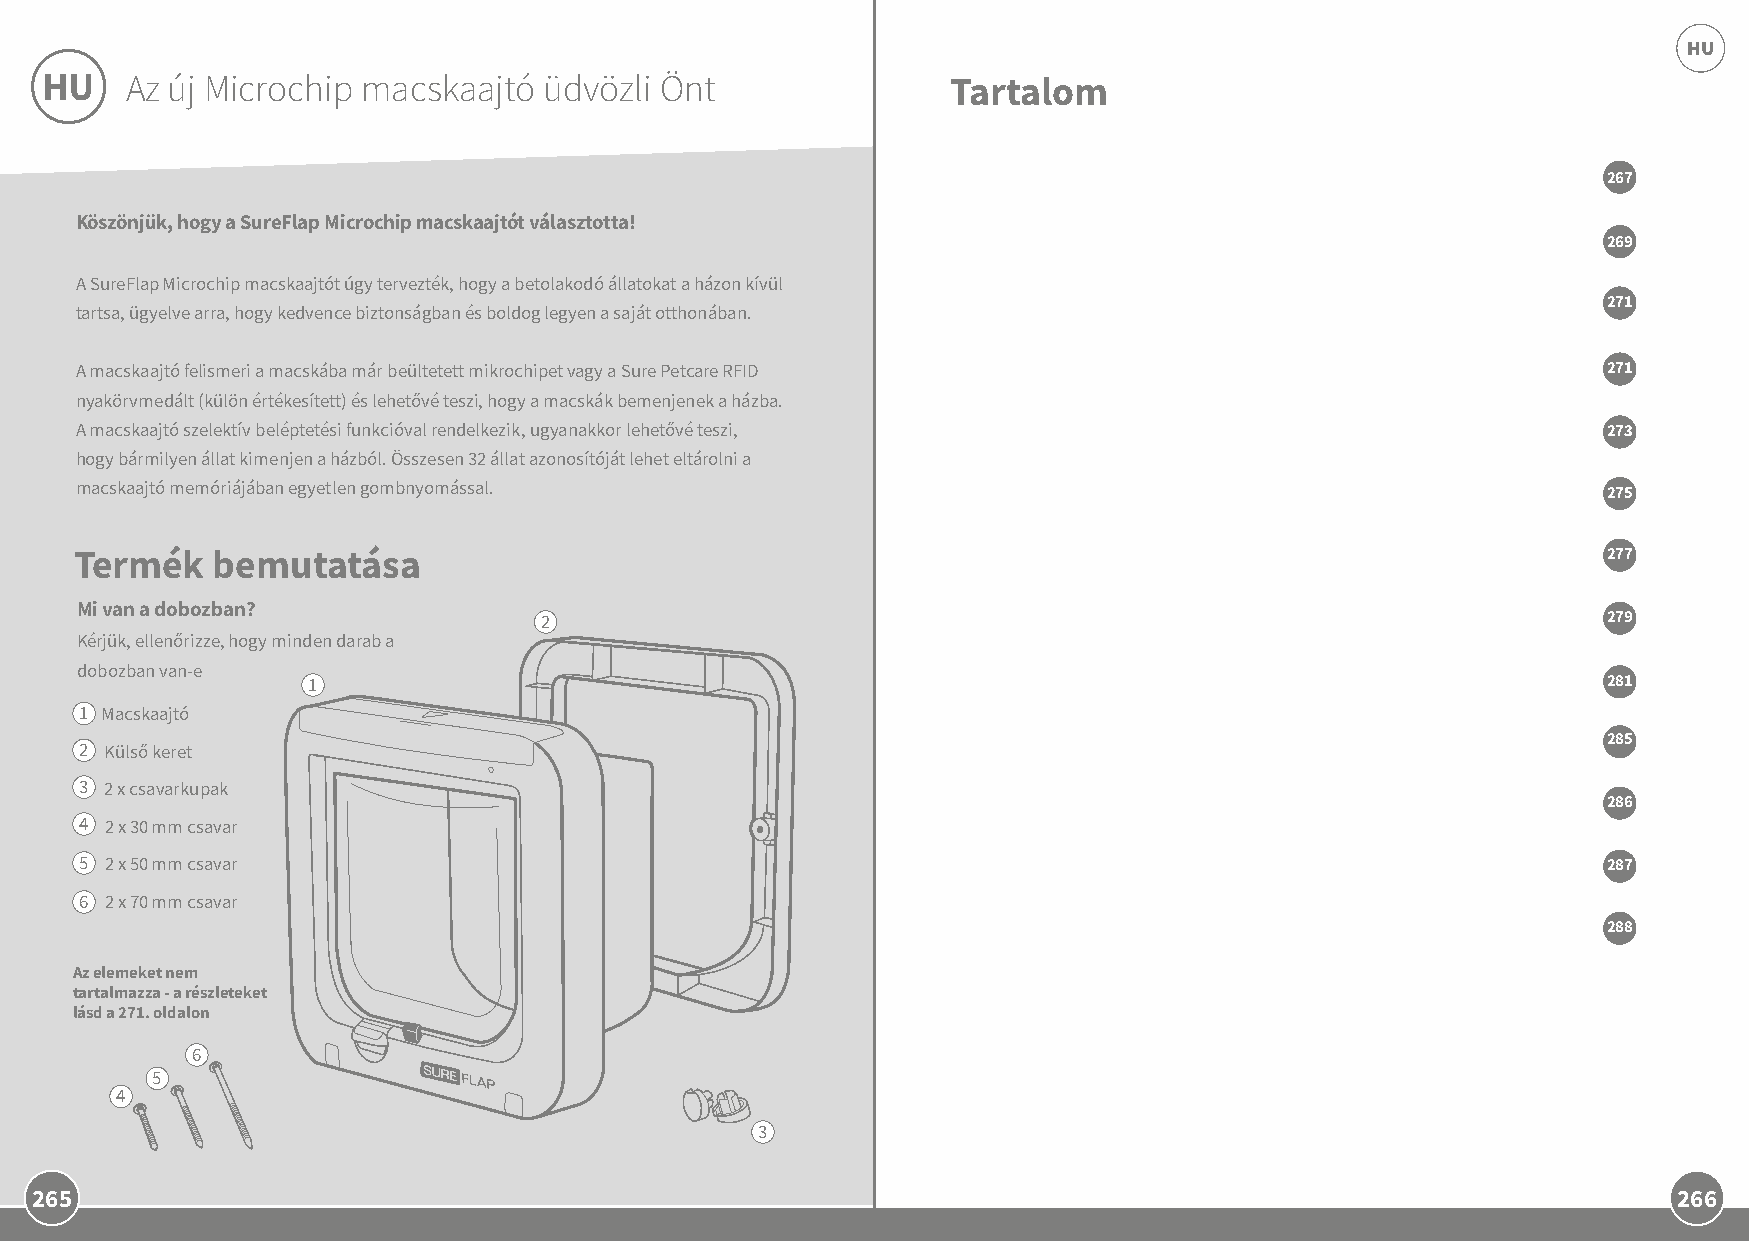
HU
 HU   Az új Microchip macskaajtó  üdvözli Önt                Tartalom
 267
 Köszönjük, hogy a SureFlap Microchip macskaajtót választotta!
 269
 A SureFlap Microchip macskaajtót úgy tervezték, hogy a betolakodó állatokat a házon kívül
 271
 tartsa, ügyelve arra, hogy kedvence biztonságban és boldog legyen a saját otthonában.
 A macskaajtó felismeri a macskába már beültetett mikrochipet vagy a Sure Petcare RFID                271
 nyakörvmedált (külön értékesített) és lehetővé teszi, hogy a macskák bemenjenek a házba.
 A macskaajtó szelektív beléptetési funkcióval rendelkezik, ugyanakkor lehetővé teszi,                273
 hogy bármilyen állat kimenjen a házból. Összesen 32 állat azonosítóját lehet eltárolni a
 macskaajtó memóriájában egyetlen gombnyomással.                                                      275
 Termék   bemutatása                                                                                  277
 Mi van a dobozban?
 2                                                                     279
 Kérjük, ellenőrizze, hogy minden darab a
 dobozban van-e
 1                                                                                     281
 1 Macskaajtó
 285
 2 Külső keret
 3 2 x csavarkupak
 286
 4 2 x 30 mm csavar
 5 2 x 50 mm csavar                                                                                   287
 6 2 x 70 mm csavar
 288
 Az elemeket nem
 tartalmazza - a részleteket
 lásd a 271. oldalon
 6
 5
 4
 3
 265                                                                                                          266